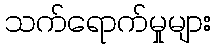
သက်ရောက်မှုများ